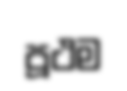
පූථම